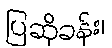
ပြဆိုခန်း၊